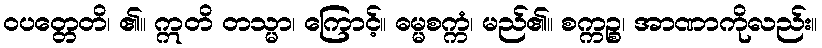
ဝပတ္တေတိ၊ ၏။ ဣတိ တသ္မာ၊ ကြောင့်။ ဓမ္မစက္ကံ၊ မည်၏။ စက္ကဉ္စ၊ အာဏာကိုလည်း။